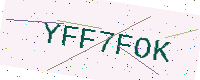
Text: YFF7FOK